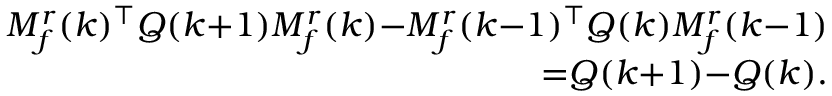
\begin{array} { r } { M _ { f } ^ { r } ( k ) ^ { \top } Q ( k { + } 1 ) M _ { f } ^ { r } ( k ) { - } M _ { f } ^ { r } ( k { - } 1 ) ^ { \top } Q ( k ) M _ { f } ^ { r } ( k { - } 1 ) } \\ { { = } Q ( k { + } 1 ) { - } Q ( k ) . } \end{array}